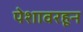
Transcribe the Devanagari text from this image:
पेशावरहून